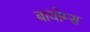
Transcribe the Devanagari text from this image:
बायोम्स